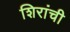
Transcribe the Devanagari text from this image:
शिरांची